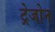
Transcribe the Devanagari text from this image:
ट्रेजोन